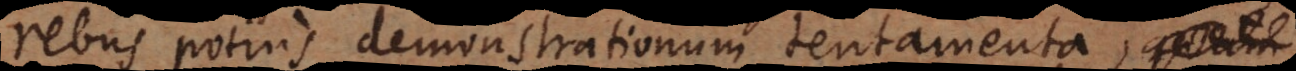
rebus potius demonstrationum tentamenta,